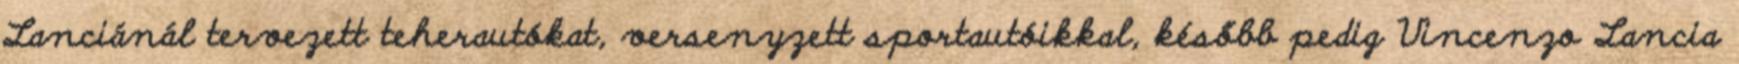
Lanciánál tervezett teherautókat, versenyzett sportautóikkal, később pedig Vincenzo Lancia